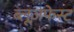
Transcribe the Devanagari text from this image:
ब्लूज़फेस्ट